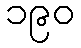
၁၉၀